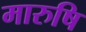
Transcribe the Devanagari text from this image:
मारुषि